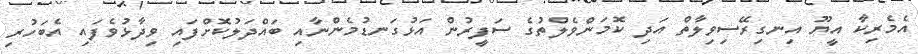
އެމެރިކާ އީޔޫ އިނގިރޭސިވިލާތް އަދި ކޮމަންވެލްތުގެ ސަފީރުން އަޅުގަނޑުމެންނާއި ބައްދަލުކޮށްފައި ވިދާޅުވެފައި އެބަހުރި